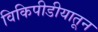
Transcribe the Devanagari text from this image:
विकिपीडीयातून